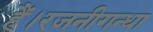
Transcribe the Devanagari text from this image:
हैं।रजनीगन्धा